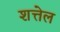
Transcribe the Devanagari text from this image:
शत्तेल